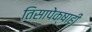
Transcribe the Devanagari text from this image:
तिसापेक्षाही